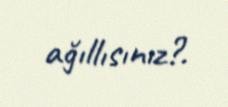
ağıllısınız?.